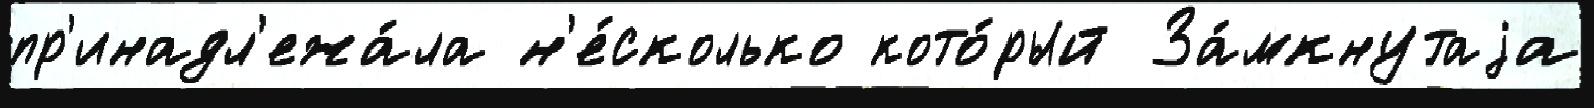
пр'инадл'ежа́ла н'е́сколько кото́рый За́мкнутаjа